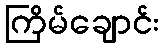
ကြိမ်ချောင်း